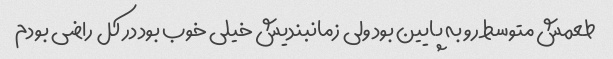
طعمش متوسط رو به پایین بود ولی زمانبندیش خیلی خوب بود در کل راضی بودم